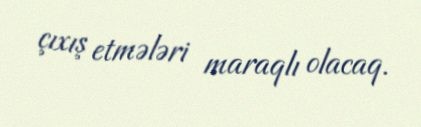
çıxış etmələri maraqlı olacaq.